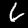
Digit: 6